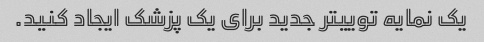
یک نمایه توییتر جدید برای یک پزشک ایجاد کنید.